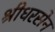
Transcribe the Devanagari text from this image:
श्रीधरसेन